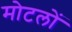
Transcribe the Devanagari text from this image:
मोटलों